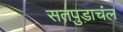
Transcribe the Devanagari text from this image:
सतपुड़ाचंल